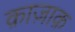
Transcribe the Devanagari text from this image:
क़ाज़ाक़